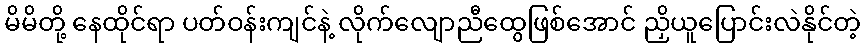
မိမိတို့ နေထိုင်ရာ ပတ်ဝန်းကျင်နဲ့ လိုက်လျောညီထွေဖြစ်အောင် ညှိယူပြောင်းလဲနိုင်တဲ့